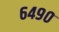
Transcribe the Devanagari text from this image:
६४९०